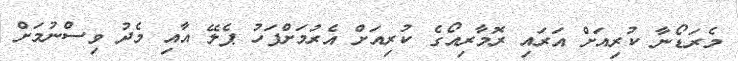
މެރަޑޯނާ ކުރިއަށް އަރައި ރޮމާރިއޯގެ ކުރިއަށް އެރުމަށްފަހު ޕެލޭ އާއި މެދު ވިސްނުމަށް